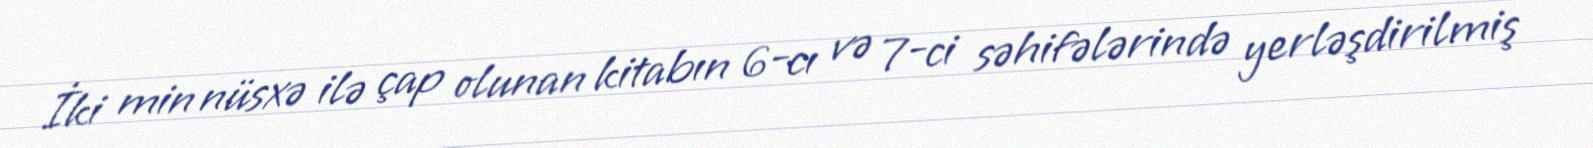
İki min nüsxə ilə çap olunan kitabın 6-cı və 7-ci səhifələrində yerləşdirilmiş